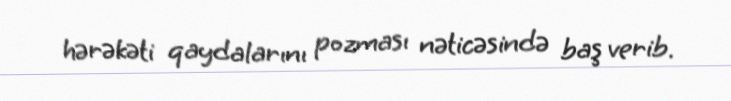
hərəkəti qaydalarını pozması nəticəsində baş verib.